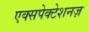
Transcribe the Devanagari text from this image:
एक्सपेक्टेशनज़